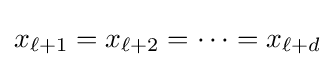
x_{\ell +1}=x_{\ell +2}=\dots =x_{\ell +d}